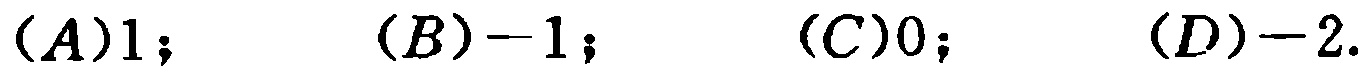
$(A)1; \quad (B)-1; \quad (C)0; \quad (D)-2.$